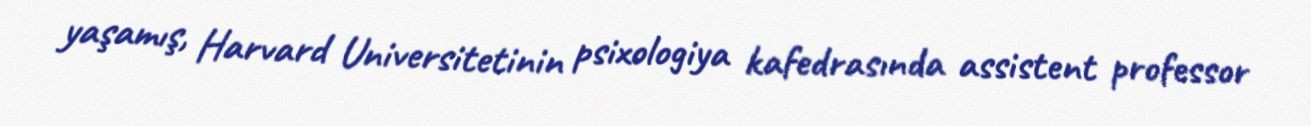
yaşamış, Harvard Universitetinin psixologiya kafedrasında assistent professor